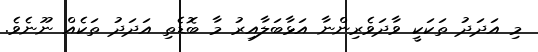
މި އަދަދު ތަކަކީ ވާދަވެރިންނާ އަޅާބަލާއިރު މާ ބޮޑެތި އަދަދު ތަކެއް ނޫނެވެ.